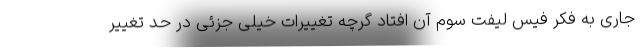
جاری به فکر فیس لیفت سوم آن افتاد گرچه تغییرات خیلی جزئی در حد تغییر